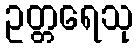
ဥတ္တရေသု